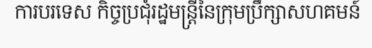
ការបរទេស កិច្ចប្រជុំរដ្ឋមន្ត្រីនៃក្រុមប្រឹក្សាសហគមន៍